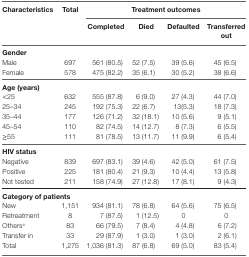
| Characteristics | Total | <COLSPAN=4> Treatment outcomes | <COLSPAN=4>  |
 |  |  | Completed | Died | Defaulted | Transferred out |
 | --- | --- | --- | --- | --- | --- | --- | --- | --- | --- |
 | Gender |  |  |  |  |  |
 | Male | 697 | 561 (80.5) | 52 (7.5) | 39 (5.6) | 45 (6.5) |
 | Female | 578 | 475 (82.2) | 35 (6.1) | 30 (5.2) | 38 (6.6) |
 | Age (years) |  |  |  |  |  |
 | <25 | 632 | 555 (87.8) | 6 (9.0) | 27 (4.3) | 44 (7.0) |
 | 25–34 | 245 | 192 (75.3) | 22 (6.7) | 13(5.3) | 18 (7.3) |
 | 35–44 | 177 | 126 (71.2) | 32 (18.1) | 10 (5.6) | 9 (5.1) |
 | 45–54 | 110 | 82 (74.5) | 14 (12.7) | 8 (7.3) | 6 (5.5) |
 | ≥55 | 111 | 81 (78.5) | 13 (11.7) | 11 (9.9) | 6 (5.4) |
 | HIV status |  |  |  |  |  |
 | Negative | 839 | 697 (83.1) | 39 (4.6) | 42 (5.0) | 61 (7.5) |
 | Positive | 225 | 181 (80.4) | 21 (9.3) | 10 (4.4) | 13 (5.8) |
 | Not tested | 211 | 158 (74.9) | 27 (12.8) | 17 (8.1) | 9 (4.3) |
 | <COLSPAN=6> Category of patients |
 | New | 1,151 | 934 (81.1) | 78 (6.8) | 64 (5.6) | 75 (6.5) |
 | Retreatment | 8 | 7 (87.5) | 1 (12.5) | 0 | 0 |
 | Othersa | 83 | 66 (79.5) | 7 (8.4) | 4 (4.8) | 6 (7.2) |
 | Transfer in | 33 | 29 (87.9) | 1 (3.0) | 1 (3.0) | 2 (6.1) |
 | Total | 1,275 | 1,036 (81.3) | 87 (6.8) | 69 (5.0) | 83 (5.4) |